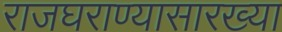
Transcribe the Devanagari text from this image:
राजघराण्यासारख्या